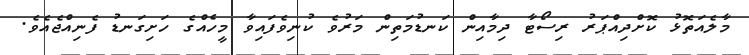
މާލެއަތޮޅު ކޮށްދިއްޕަރު ރިސޯޓާ ދިމާއިން ކަނޑުމަތިން މަރުވެ ކުނިވެފައިވާ މީހެއްގެ ހަށިގަނޑު ފެނިއްޖެއެވެ.